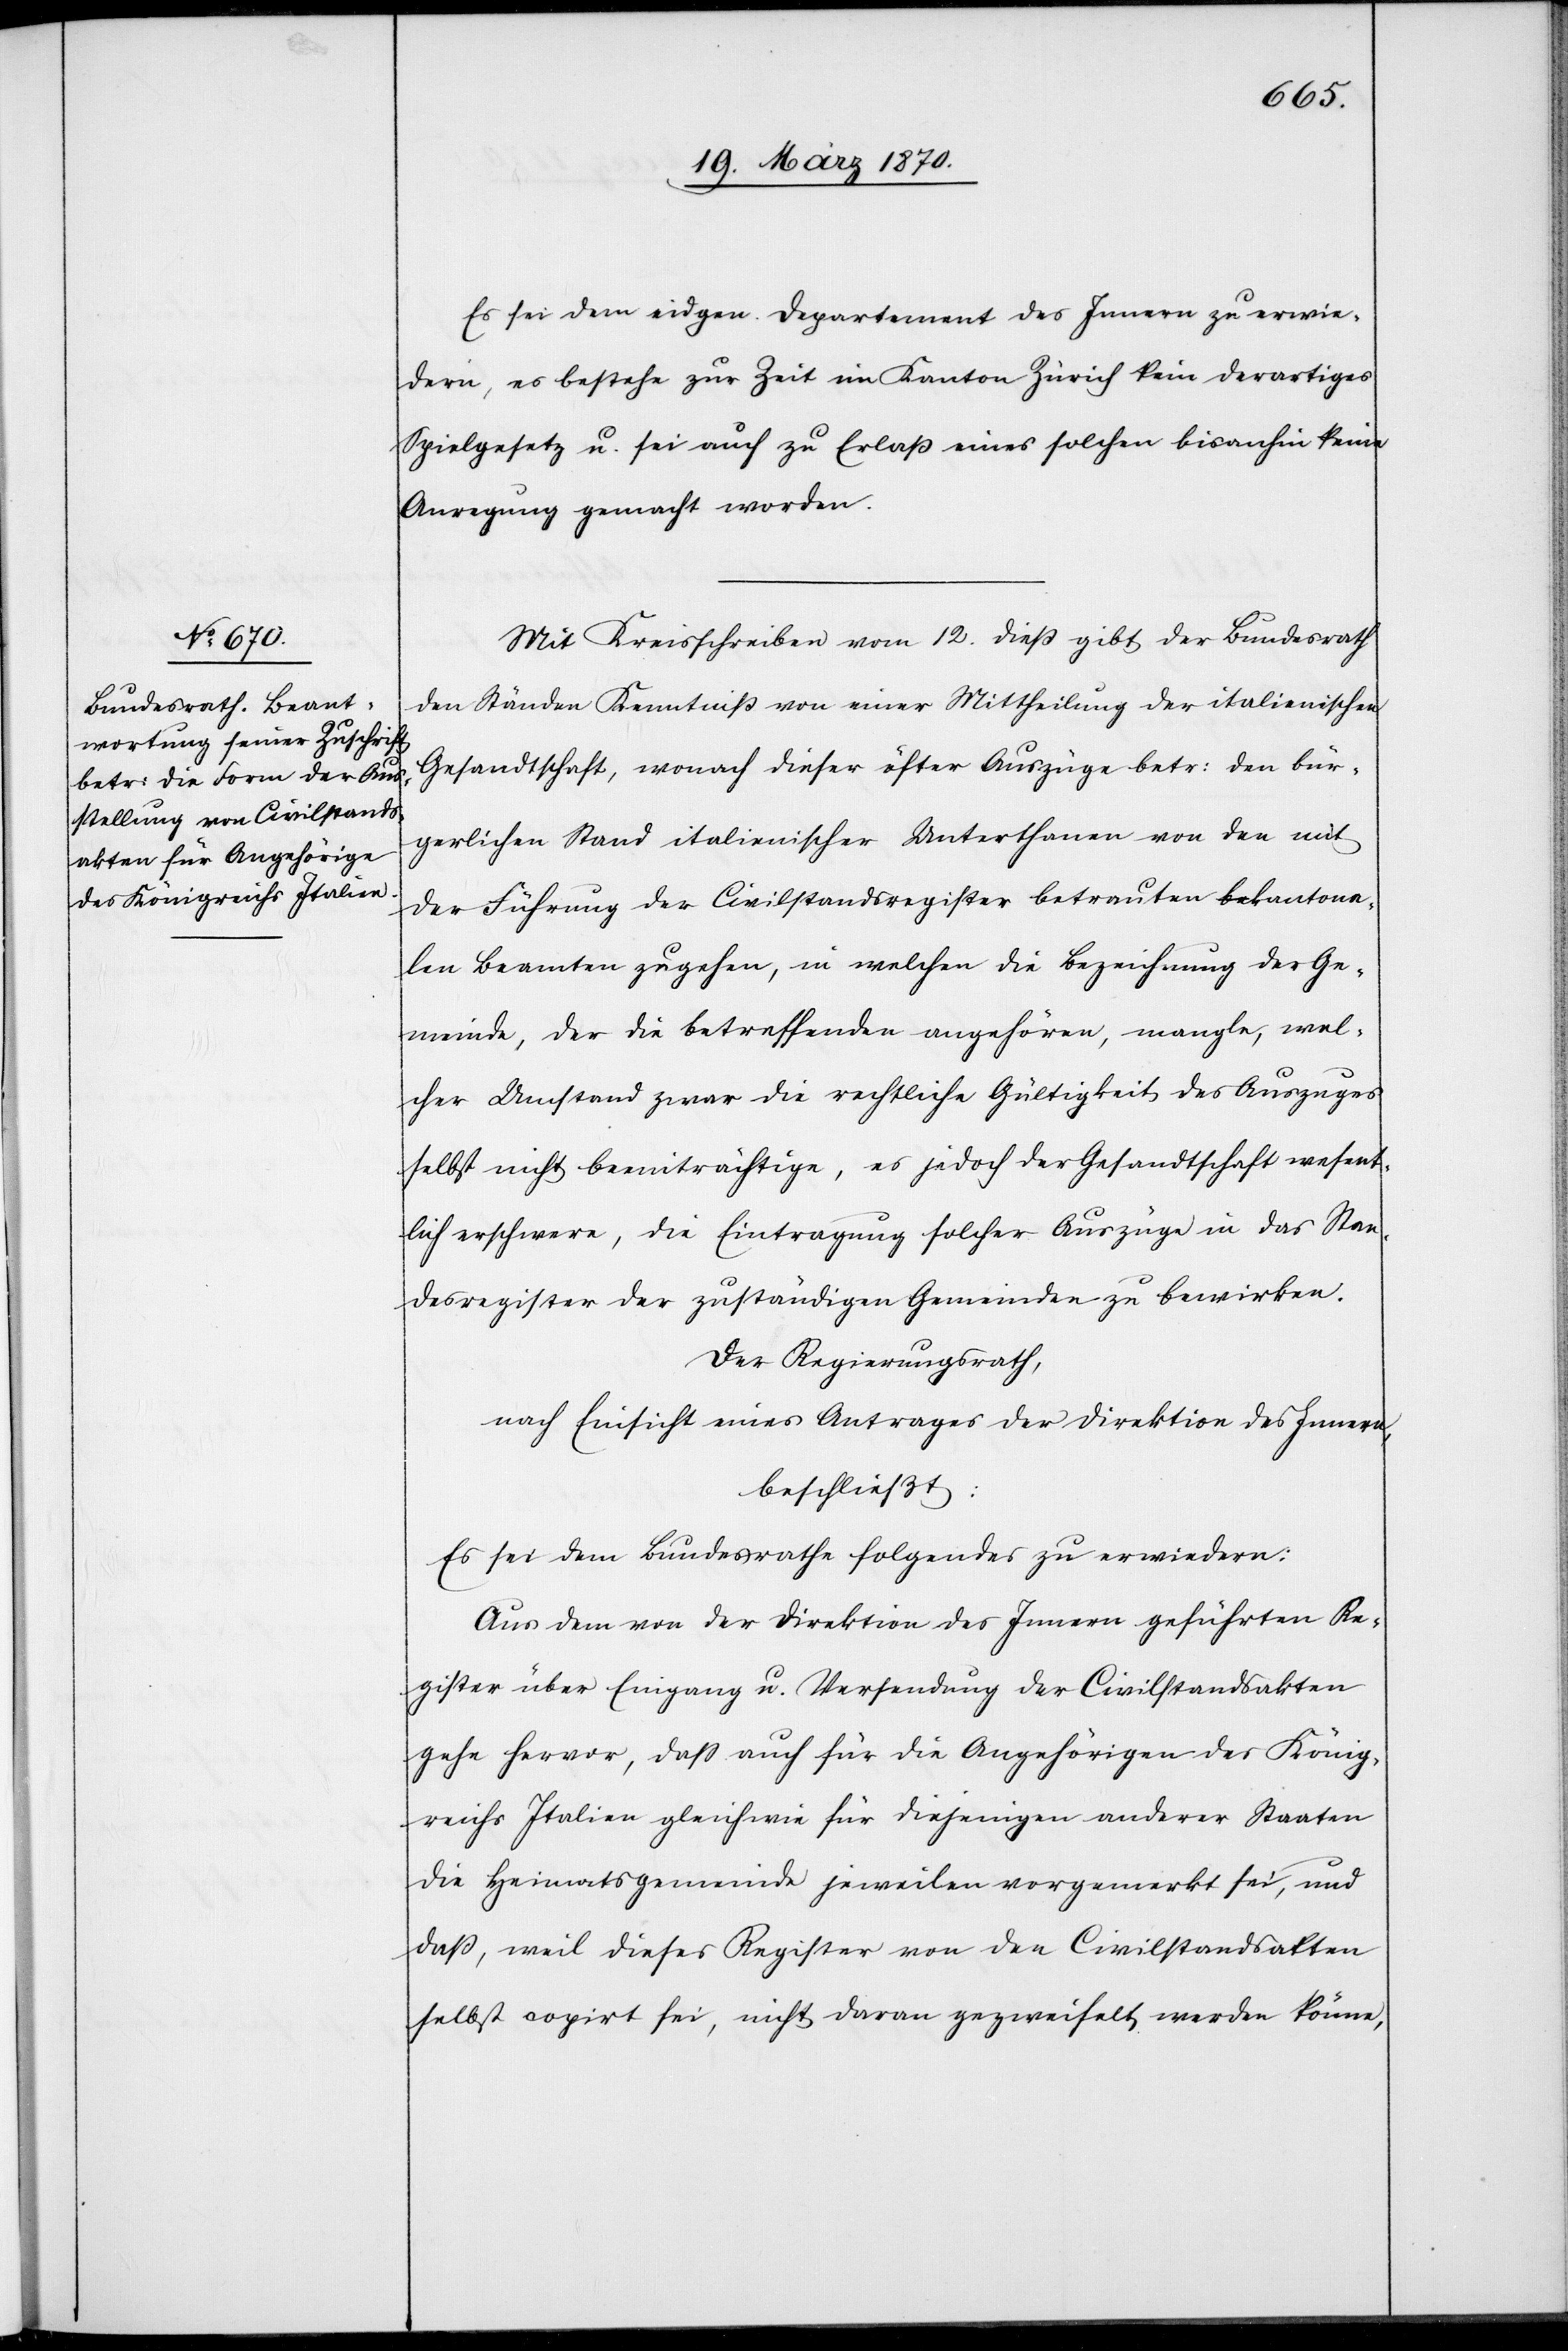
Es sei dem eidgen. Departement des Innern zu erwie¬
dern, es bestehe zur Zeit im Kanton Zürich kein derartige
Spielgesetz [sic!] u. sei auch zu Erlaß eines solchen bisanhin keine
Anregung gemacht worden.
Mit Kreisschreiben vom 12. dieß gibt der Bundesrath
den Ständen Kenntniß von einer Mittheilung der italienischen
Gesandtschaft, wonach dieser öfter Auszüge betr: den bür¬
gerlichen Stand italienischer Unterthanen von den mit
der Führung der Civilstandsregister betrauten kantona¬
len Beamten zugehen, in welchen die Bezeichnung der Ge¬
meinde, der die betreffenden angehören, mangle, wel¬
cher Umstand zwar die rechtliche Gültigkeit des Auszuges
selbst nicht beeinträchtige, es jedoch der Gesandtschaft wesent¬
lich erschwere, die Eintragung solcher Auszüge in das Stan¬
desregister der zuständigen Gemeinden zu bewirken.
Der Regierungsrath,
nach Einsicht eines Antrages der Direktion des Innern,
beschließt:
Es sei dem Bundesrathe folgendes zu erwiedern:
Aus dem von der Direktion des Innern geführten Re¬
gister über Eingang u. Versendung der Civilstandsakten
gehe hervor, daß auch für die Angehörigen des König¬
reichs Italien gleich wie für diejenigen anderer Staaten
die Heimatsgemeinde jeweilen vorgemerkt sei, und
daß, weil dieses Register von den Civilstandsakten
selbst copirt sei, nicht daran gezweifelt werden könne,